Malaria in the Duars
Disease focus: Malaria
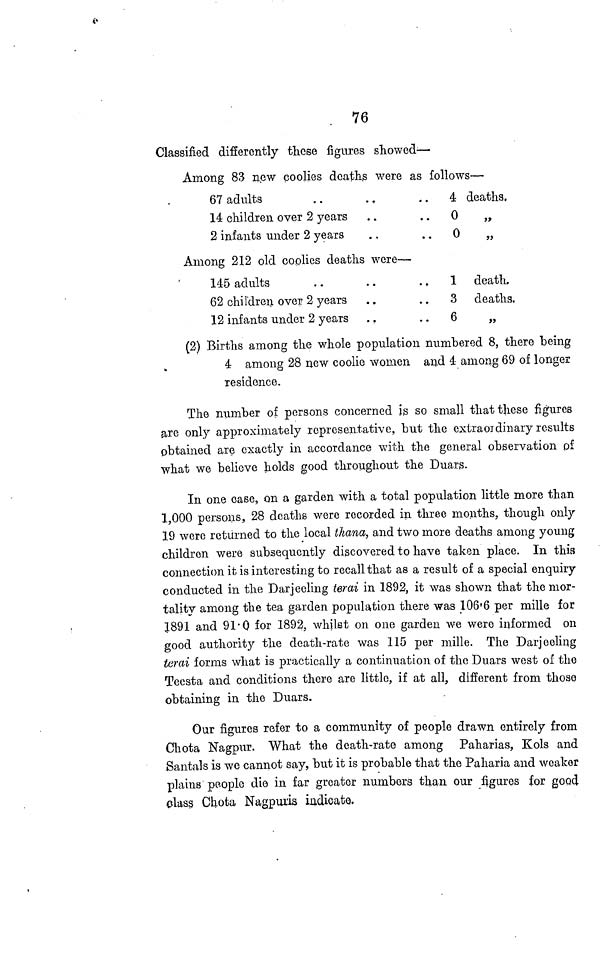
76
Classified differently these figures showed—
Among 83 new coolies deaths were as follows—
67 adults
14 children over 2 years
2 infants under 2 years
4 deaths,
0
„
0
„
Among 212 old coolies deaths were—
145 adults
. .
. .
..
62 children over 2 years
12 infants under 2 years
1 death.
3 deaths.
6
(2) Births among the whole population numbered 8, there being
4 among 28 new coolie women and 4 among 69 of longer
residence.
The number of persons concerned is so small that these figures
are only approximately representative, but the extraordinary results
obtained are exactly in accordance with the general observation of
what we believe holds good throughout the Duars.
In one case, on a garden with a total population little more than
1,000 persons, 28 deaths were recorded in three months, though only
19 were returned to the local thana, and two more deaths among young
children were subsequently discovered to have taken place. In this
connection it is interesting to recall that as a result of a special enquiry
conducted in the Darjeeling terai in 1892, it was shown that the mor-
tality among the tea garden population there was 106'6 per mille for
1891 and 91.0 for 1892, whilst on one garden we were informed on
good authority the death-rate was 115 per mille. The Darjeeling
terai forms what is practically a continuation of the Duars west of the
Teesta and conditions there are little, if at all, different from those
obtaining in the Duars.
Our figures refer to a community of people drawn entirely from
Chota Nagpur. What the death-rate among Paharias, Kols and
Santals is we cannot say, but it is probable that the Paharia and weaker
plains people die in far greater numbers than our figures for good
class Chota Nagpuris indicate.